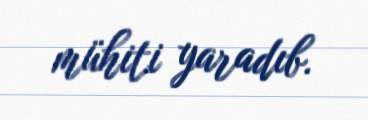
mühiti yaradıb.